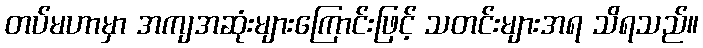
တပ်မဟာမှာ အကျအဆုံးများကြောင်းဖြင့် သတင်းများအရ သိရသည်။